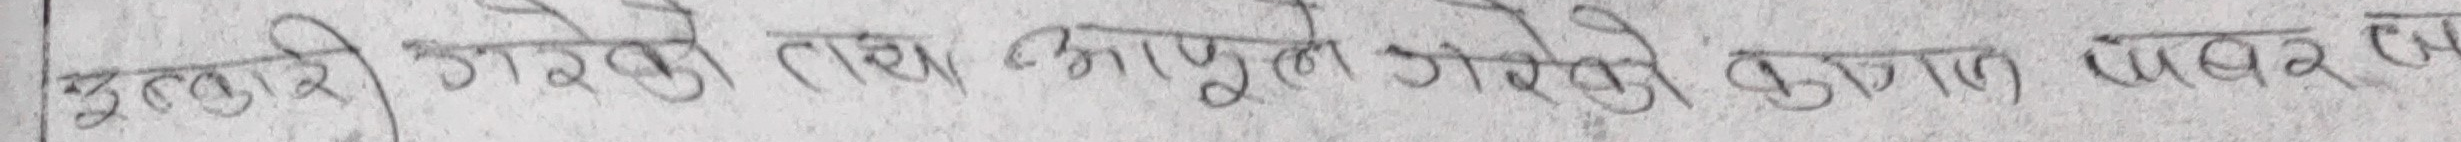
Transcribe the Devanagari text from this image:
उत्तरदायी गरेको तथा आफुले गरेको कुरा उल्लेख